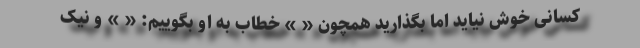
کسانی خوش نیاید اما بگذارید همچون « » خطاب به او بگوییم: « » و نیک